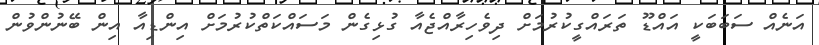
އަނެއް ސަބަބަކީ އައްޑޫ ތަރައްގީކުރުމަށް ދިވެހިރާއްޖެއާ ގުޅިގެން މަސައްކަތްކުރުމަށް އިންޑިއާ އިން ބޭނުންވުން